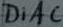
Text: DiAC